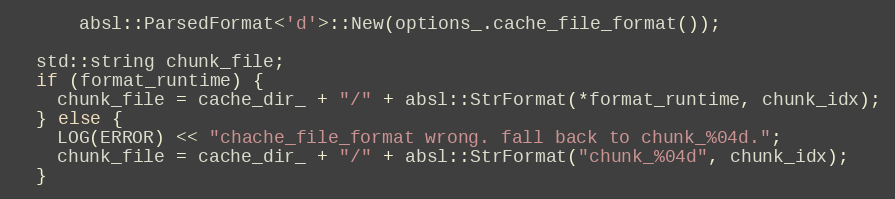
Language: C++
      absl::ParsedFormat<'d'>::New(options_.cache_file_format());

  std::string chunk_file;
  if (format_runtime) {
    chunk_file = cache_dir_ + "/" + absl::StrFormat(*format_runtime, chunk_idx);
  } else {
    LOG(ERROR) << "chache_file_format wrong. fall back to chunk_%04d.";
    chunk_file = cache_dir_ + "/" + absl::StrFormat("chunk_%04d", chunk_idx);
  }